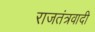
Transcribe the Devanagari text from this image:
राजतंत्रवादी